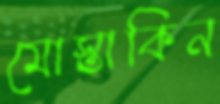
মোস্তাকিন